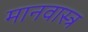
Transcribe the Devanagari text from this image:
मानवास्त्र